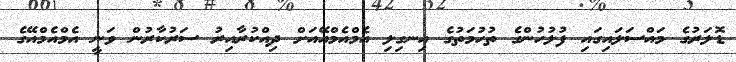
ޑޮލަރުގެ މައްސަލައިގައި ފުލުހުންގެ ތުހުމަތުގެ އިނގިލި އެމްއެމްއޭއަށް ދިއްކުރާއިރު ސަރުކާރުން ވަނީ އެމްއެމްއޭގެ